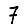
Digit: 7